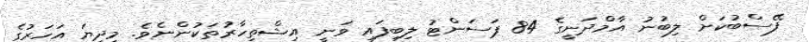
ފޭސްބުކަށް ލިބުނު އާމްދަނީގެ 84 ޕަސަންޓު ލިބިފައި ވަނީ އިޝްތިހާރުތަކުންނެވެ. މިދިޔަ އަހަރުގެ